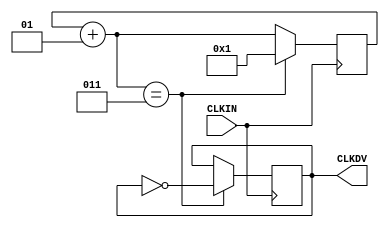
/* Clock divider CLK_DIV4 
   August 10, 2001
*/

`timescale 100 ps / 10 ps

module CLK_DIV4 (CLKDV,CLKIN);

parameter DIVIDE_BY = 4;

input CLKIN;
output CLKDV;
integer CLOCK_DIVIDER;
reg CLKDV;

initial begin
 CLOCK_DIVIDER = 0;
 CLKDV = 1'b0;
end

always @(posedge CLKIN)
begin
 CLOCK_DIVIDER = CLOCK_DIVIDER + 1;
	if (CLOCK_DIVIDER == (DIVIDE_BY/2 + 1)) 
	begin
	CLOCK_DIVIDER = 1;
	CLKDV = ~CLKDV;
	end
end

endmodule